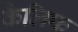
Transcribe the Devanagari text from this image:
कैलिफ